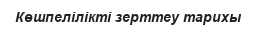
Көшпелілікті зерттеу тарихы